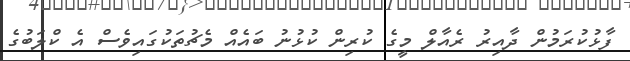
ފާޅުކުރަމުން ދާއިރު ރެއާލް މީގެ ކުރިން ކުޅުނު ބައެއް މެޗުތަކުގައިވެސް އެ ކްލަބުގެ